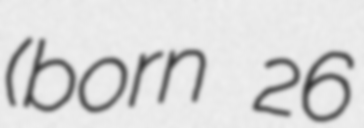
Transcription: (born 26